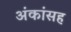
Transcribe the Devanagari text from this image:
अंकांसह